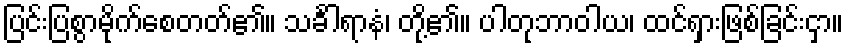
ပြင်းပြစွာမိုက်စေတတ်၏။ သင်္ခါရာနံ၊ တို့၏။ ပါတုဘာဝါယ၊ ထင်ရှားဖြစ်ခြင်းငှာ။